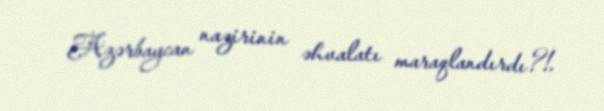
Azərbaycan nazirinin əhvalatı maraqlandırdı?!.